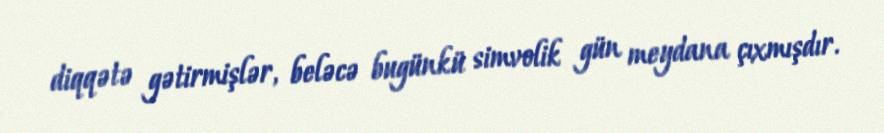
diqqətə gətirmişlər, beləcə bugünkü simvolik gün meydana çıxmışdır.